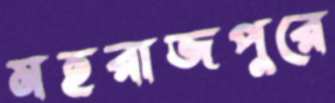
মহরাজপুরে